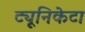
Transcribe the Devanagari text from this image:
ट्यूनिकेटा